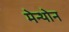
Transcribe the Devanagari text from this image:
मेन्थोन